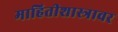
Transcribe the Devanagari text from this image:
माहितीशास्त्रावर